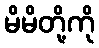
မိမိတို့ကို